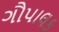
ગૌપાલક